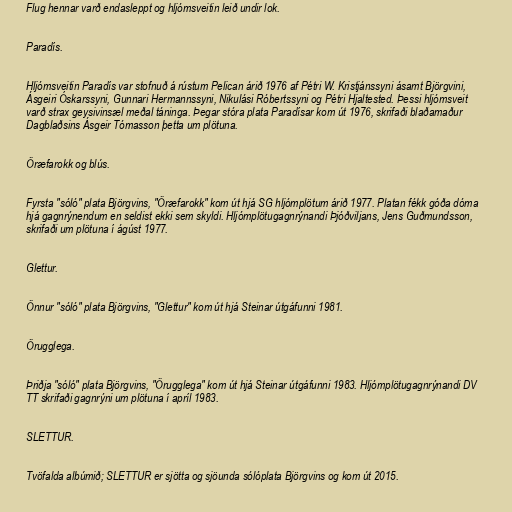
Flug hennar varð endasleppt og hljómsveitin leið undir lok.

Paradís.

Hljómsveitin Paradís var stofnuð á rústum Pelican árið 1976 af Pétri W. Kristjánssyni ásamt Björgvini,
Ásgeiri Óskarssyni, Gunnari Hermannssyni, Nikulási Róbertssyni og Pétri Hjaltested. Þessi hljómsveit
varð strax geysivinsæl meðal táninga. Þegar stóra plata Paradísar kom út 1976, skrifaði blaðamaður
Dagblaðsins Ásgeir Tómasson þetta um plötuna.

Öræfarokk og blús.

Fyrsta "sóló" plata Björgvins, "Öræfarokk" kom út hjá SG hljómplötum árið 1977. Platan fékk góða dóma
hjá gagnrýnendum en seldist ekki sem skyldi. Hljómplötugagnrýnandi Þjóðviljans, Jens Guðmundsson,
skrifaði um plötuna í ágúst 1977.

Glettur.

Önnur "sóló" plata Björgvins, "Glettur" kom út hjá Steinar útgáfunni 1981.

Örugglega.

Þriðja "sóló" plata Björgvins, "Örugglega" kom út hjá Steinar útgáfunni 1983. Hljómplötugagnrýnandi DV
TT skrifaði gagnrýni um plötuna í apríl 1983.

SLETTUR.

Tvöfalda albúmið; SLETTUR er sjötta og sjöunda sólóplata Björgvins og kom út 2015.